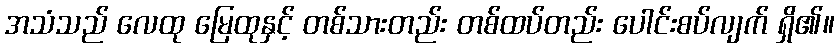
အသံသည် လေထု မြေထုနှင့် တစ်သားတည်း တစ်ထပ်တည်း ပေါင်းစပ်လျက် ရှိ၏။